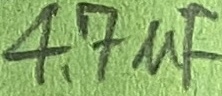
Text: 4,7µF